Civil Veterinary Department Bihar reports 1940-50 - 1940-1950
Year: 1940
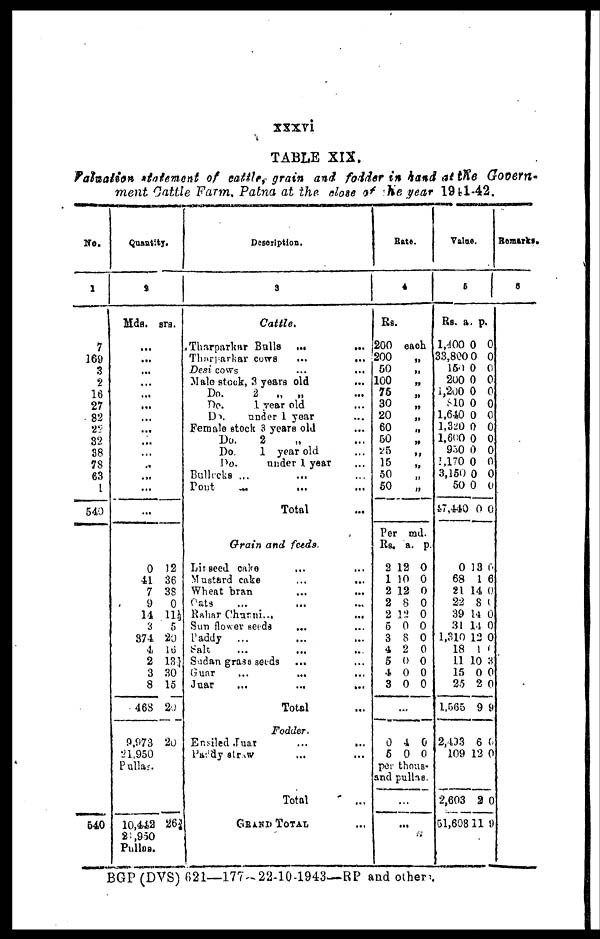
xxxvi
TABLE XIX.
Valuation statement of cattle, grain and fodder in hand at the Govern-
ment Cattle Farm, Patna at the close of the year 1941-42.
No.
1
7
169
3
2
18
27
82
2S
32
38
78
63
1
540
540
Quantity.
2
Mds.
...
...
...
...
...
...
...
...
...
...
...
...
...
...
0
41
7
9
11
3
374
4
2
3
8
463
9,973
21,950
Pullas.
10,442
21,950
Pullas.
srs.
12
36
38
0
11½
5
20
16
13
30
15
20
20
26 ¾
Description.
3
Cattle.
Tharparkar Bulls
... ...
Tharparkar cows
...
...
Desi cows
...
...
Male stock, 3 years old ...
Do.
2
„
„ ...
Do.
1 year old ...
Do.
under 1 year ...
Female stock 3 years old ...
Do.
2 „ ...
Do.
1 year old
Do.
under 1 year ...
Bulloks ... ... ...
Pont
...
... ...
Total ...
Grain and feeds.
Liaseed cake ... ...
Mustard cake
Wheat bran ... ...
Oats ... ... ...
Rahar Chunni...
...
Sun flower seeds
... ...
Paddy
... ... ...
Salt ... ... ...
Sudan grass seeds ... ...
Guar
...
...
...
Juar
...
...
...
Total ...
Fodder.
Ensiled Juar ... ...
Paddy straw ... ...
Total ...
GRAND TOTAL ...
Rate.
4
Rs.
200
200
50
100
75
30
20
60
50
25
15
50
50
Per
Rs.
2
1
2
2
2
5
3
4
5
4
3
...
0
5
each
„
„
„
„
„
„
„
„
„
„
„
„
md.
a. p.
12 0
10 0
12 0
8 0
12 0
0 0
8 0
2 0
0 0
0 0
0 0
4 0
0 0
per thous-
and pullas.
...
...
Value.
5
Rs.
1,400
33,800
150
200
1,200
810
1,640
1,320
1,600
950
1,170
3,150
50
47,440
0
68
21
22
39
31
1,310
18
11
15
25
1,565
2,493
109
2,603
51,608
a.
0
0
0
0
0
0
0
0
0
0
0
0
0
0
13
1
14
8
14
14
12
1
10
0
2
9
6
12
2
11
p.
0
0
0
0
0
0
0
0
0
0
0
0
0
0
0
6
0
0
0
0
0
0
3
0
0
9
0
0
0
9
Remarks.
6
BGP (DVS) 621—177-22-10-1943—RP and others.